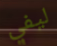
ليفي